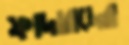
ফাদারদের